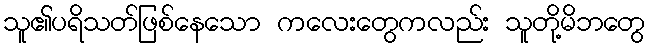
သူ၏ပရိသတ်ဖြစ်နေသော ကလေးတွေကလည်း သူတို့မိဘတွေ